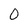
Character: 0